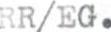
RR/EG.